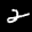
Label: 2